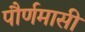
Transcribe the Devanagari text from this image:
पौर्णमासी